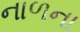
નાળના